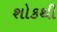
શોકથી